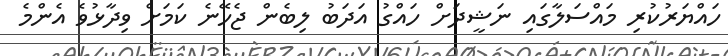
ހައްޔަރުކުރި މައްސަލާގައި ނަޝީދަށް ހައްގު އަދަބު ލިބެން ޖެހޭނެ ކަމަށް ވިދާޅުވެ އެންމެ